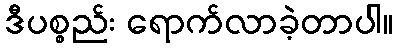
ဒီပစ္စည်း ရောက်လာခဲ့တာပါ။